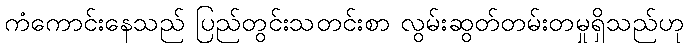
ကံကောင်းနေသည် ပြည်တွင်းသတင်းစာ လွမ်းဆွတ်တမ်းတမှုရှိသည်ဟု